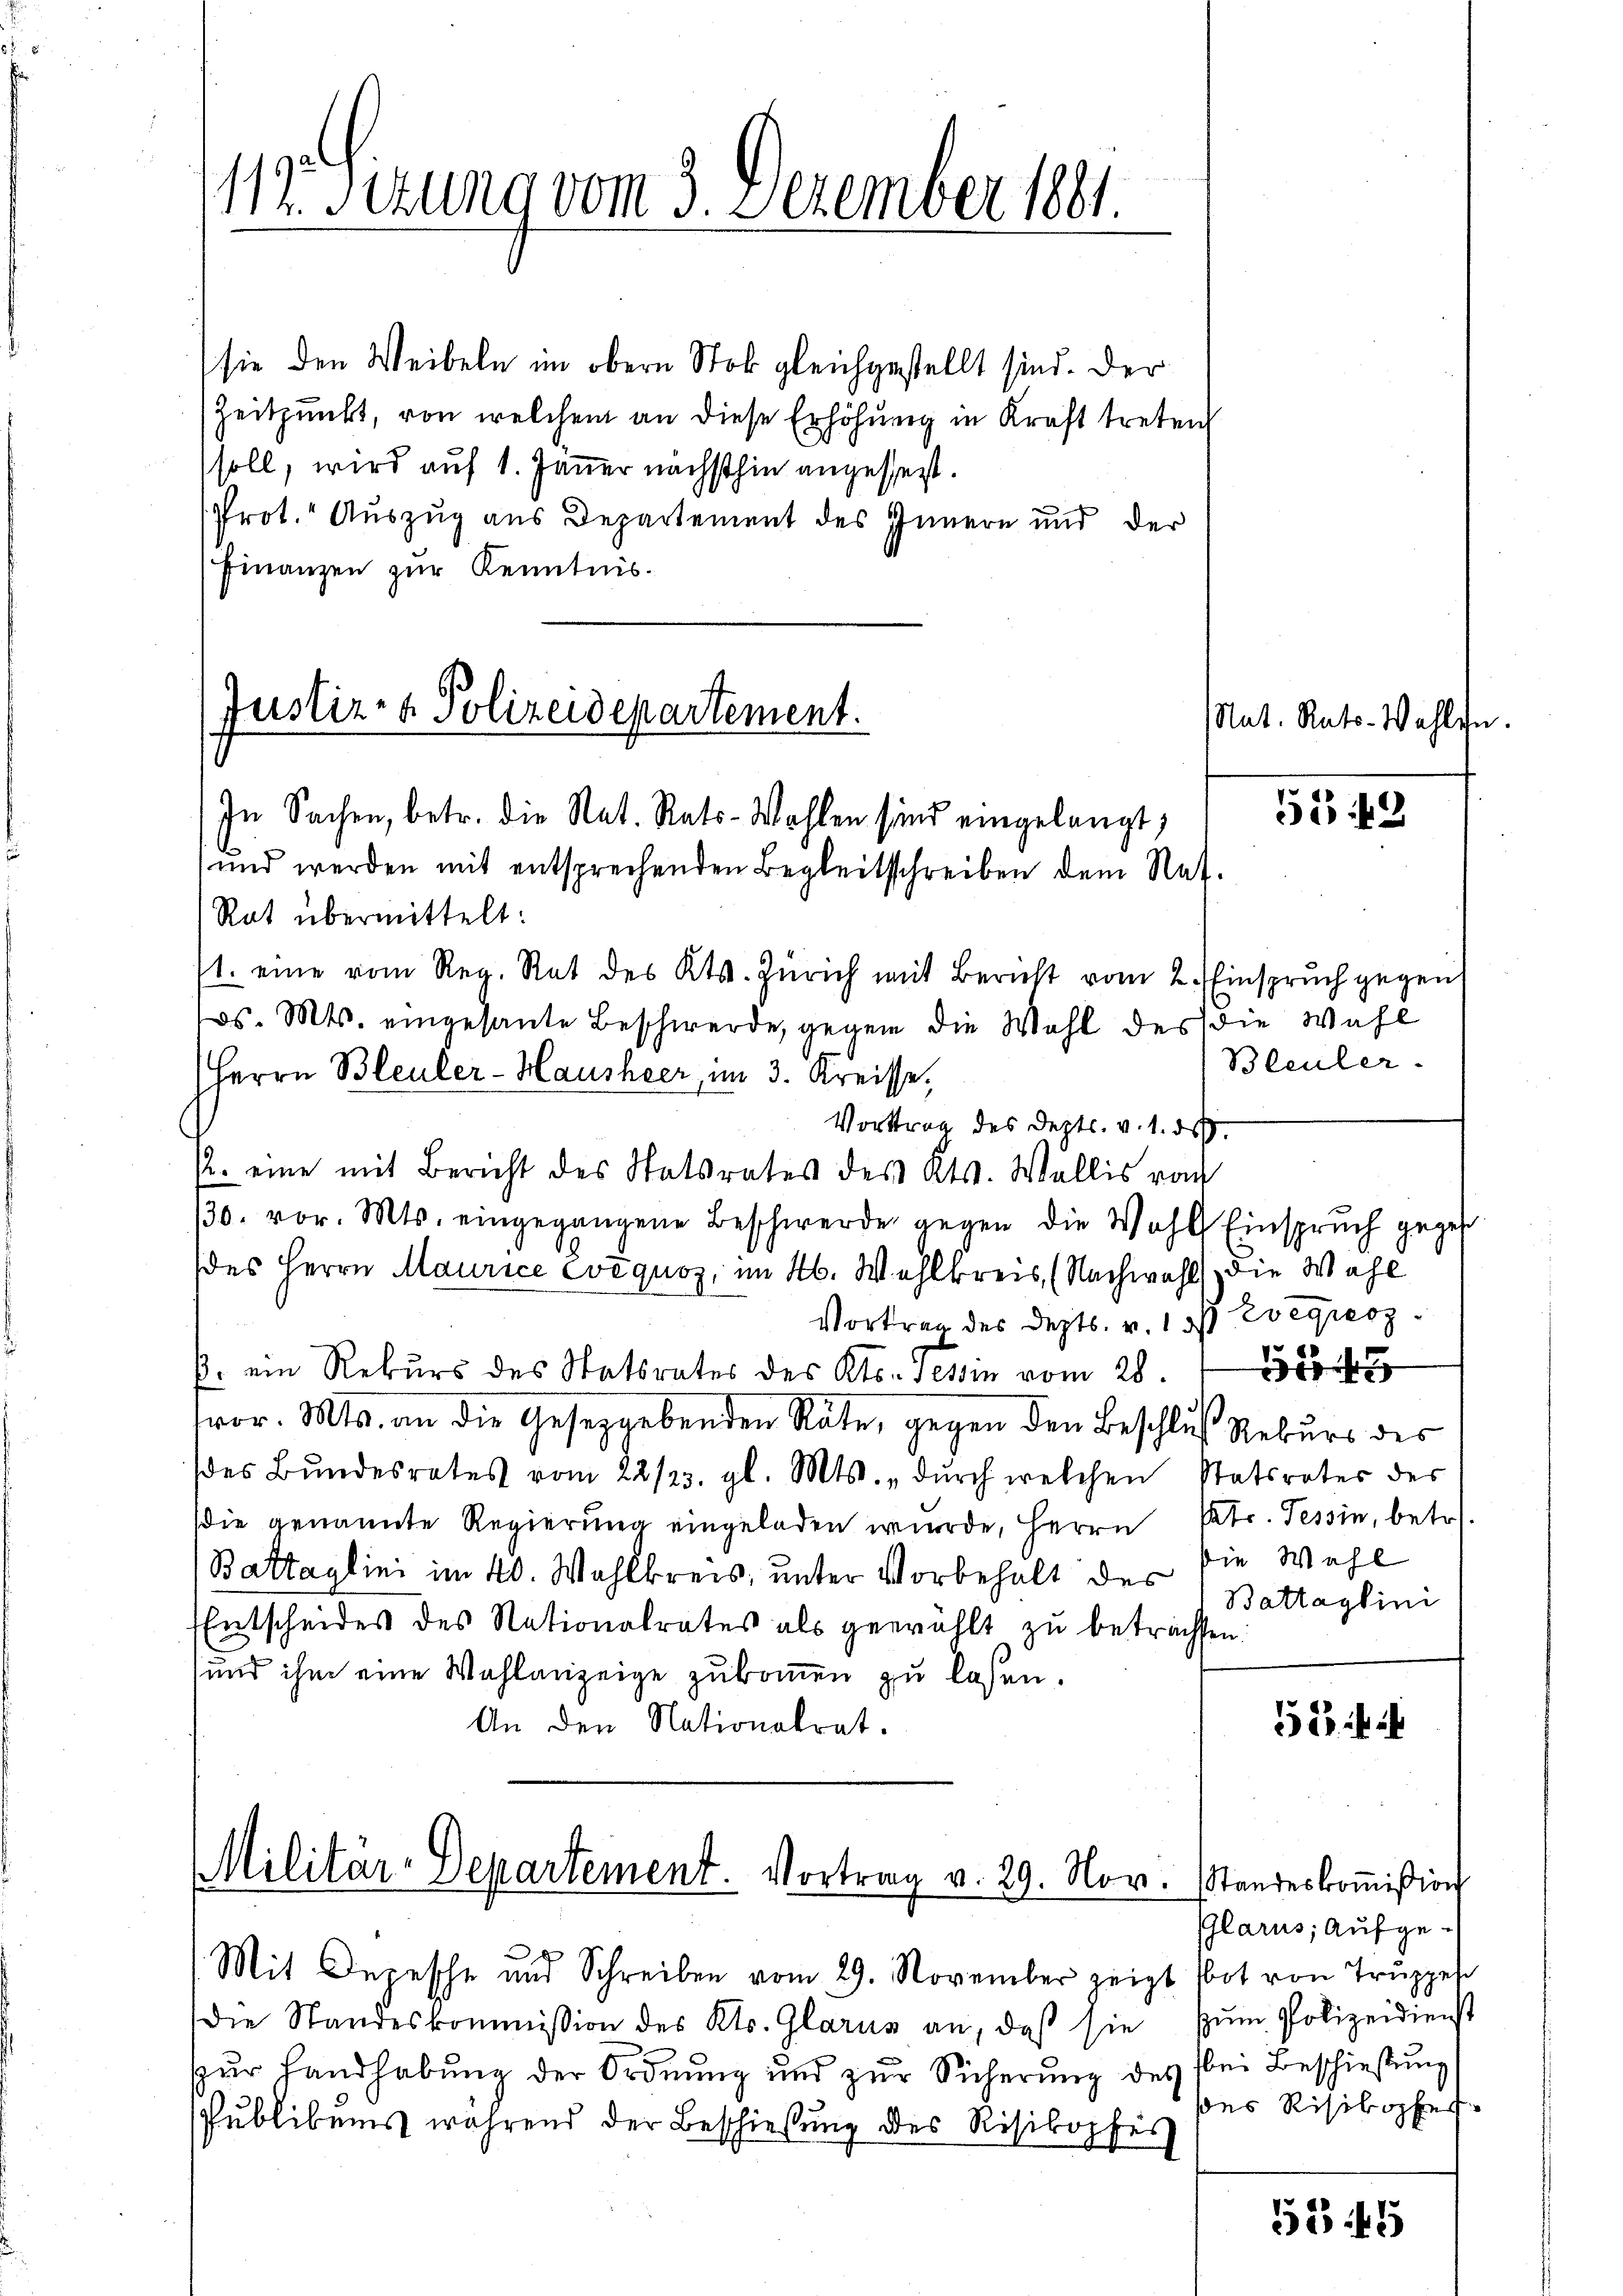
112. Sizung vom 3. Dezember 1891.

sie den Weibeln im obern Stok gleichgestellt sind. Der
Zeitpunkt, von welchem an diese Erhöhung in Kraft treten
soll, wird auf 1. Janer nächsthin angesezt.
Prot. Auszug aus Departement des Innern und der
(Finanzen zur Kenntnis¬
In Sachen, betr. die Rat. Rats-Wahlen sind eingelangt,
und werden mit entsprechenden Begleitsschreiben dem Nat.
Rat übermittelt:
71. eine vom Reg. Rat des Kts. Zürich mit Bericht vom 2. Einspruch gegen
ds. Mts. eingesante Beschwerde, gegen die Wahl des die Wahl
Herrn Bleuler-Hausheer, im 3. Kreisse,
Vortrag des Depts. v. 1. ds.
R. eine mit Bericht des Statsrates des Kts. Wallis vo
30. vor. Mts. eingegangene Beschwerde gegen die Wahl Einspruch gegen
des Herrn Maurice evequoz, im N. Wahlkreis (Nachwahl die Wahl
Vortrag des Depts. v. 1 ds Evegrenz
p. ein Rekurs des Statsrates des Kts. Tessin vom 28.
vor. Mts. an die Gesetzgebenden Räte, gegen den Beschluß Rekurs des
des Bŭndesrates vom 22/23. gl. Mts. dŭrch welchen Statsrates des
die genannte Regierung eingeladen wurde, Herrn Patr. Tessin, betr.
Battaglini im 40. Wahlkreis, unter Vorbehalt des
Entscheides des Nationalrates als gewählt zŭ betrachten:
und ihm eine Wahlanzeige zukommen zu laßen.
An den Nationalrat.

Justiz- & Polizeidepartement.

Militär-Departement. Vortrag v. 29. Nov. Standeskoṁission

Mit Depesche und Schreiben vom 29. November zeigt (bot von Truppes
Die Standeskommission des Kts. Glarus an, daß sie zum Polizeidienst
zur Handhabung der Ordnung und zur Sicherung des bei Beschießung
spublibens während der Beschießung des Risikopfes

Nat. Rats- Wahlen

515 f 2

Bleuler.

Die Wahl
Battaglini

52 f

Glarus, aufgeses Risikopfer

555